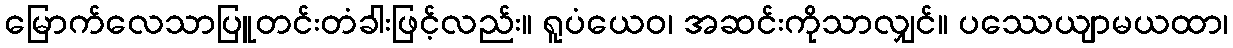
မြောက်လေသာပြူတင်းတံခါးဖြင့်လည်း။ ရူပံယေဝ၊ အဆင်းကိုသာလျှင်။ ပဿေယျာမယထာ၊